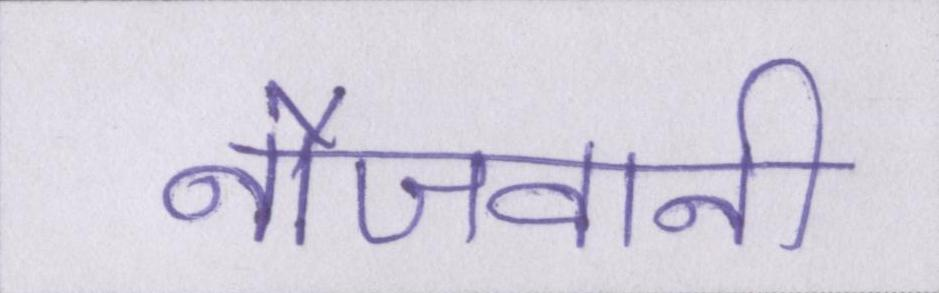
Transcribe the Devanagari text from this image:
नौजवानी